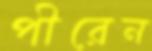
পীরেন